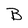
Character: B